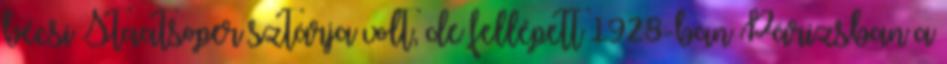
bécsi Staatsoper sztárja volt, de fellépett 1928-ban Párizsban a